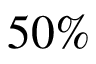
5 0 \%